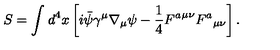
S = \int _ { } ^ { } d ^ { 4 } x \left[ i \bar { \psi } \gamma ^ { \mu } \nabla _ { \mu } \psi - \frac { 1 } { 4 } { F ^ { a } } ^ { \mu \nu } { F ^ { a } } _ { \mu \nu } \right] .